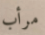
مرأب